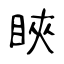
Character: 䀹